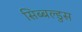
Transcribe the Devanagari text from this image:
सिब्बल्डुस